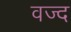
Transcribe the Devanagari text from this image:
वज्द